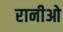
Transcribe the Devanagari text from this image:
रानीओ